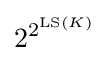
2^{2^{\operatorname {LS} (K)}}